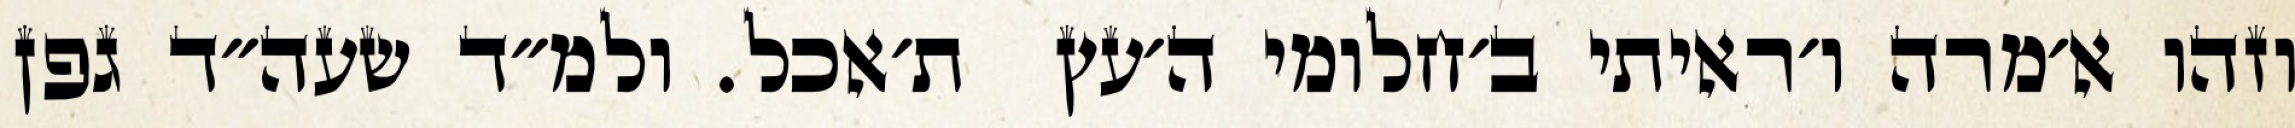
וזהו א׳מרה ו׳ראיתי ב׳חלומי ה׳עץ  ת׳אכל. ולמ״ד שעה״ד גפן